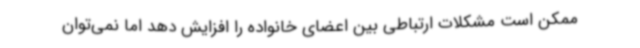
ممکن است مشکلات ارتباطی بین اعضای خانواده را افزایش دهد اما نمی‌توان